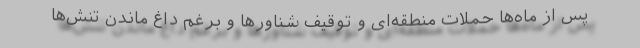
پس از ماه‌ها حملات منطقه‌ای و توقیف شناور‌ها و برغم داغ ماندن تنش‌ها